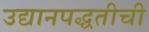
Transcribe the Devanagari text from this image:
उद्यानपद्धतीची